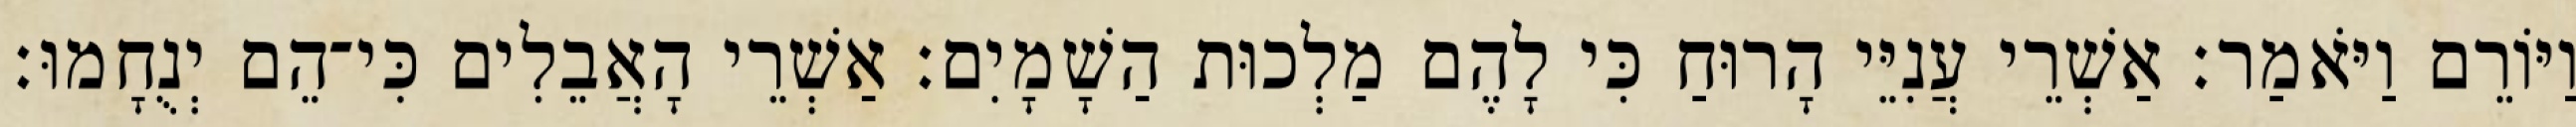
וַיּוֹרֵם וַיֹּאמַר׃ אַשְׁרֵי עֲנִיֵּי הָרוּחַ כִּי לָהֶם מַלְכוּת הַשָׁמָיִם׃ אַשְׁרֵי הָאֲבֵלִים כִּי־הֵם יְנֻחָמוּ׃